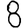
Digit: 8